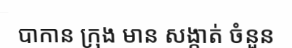
បាកាន ក្រុង មាន សង្កាត់ ចំនួន